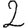
Digit: 2